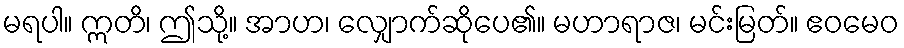
မရပါ။ ဣတိ၊ ဤသို့။ အာဟ၊ လျှောက်ဆိုပေ၏။ မဟာရာဇ၊ မင်းမြတ်။ ဧဝမေဝ